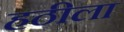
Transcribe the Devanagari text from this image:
हठीला